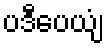
ပဒီပေယျံ